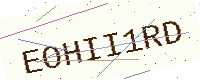
Text: EOHII1RD